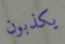
يكذبون